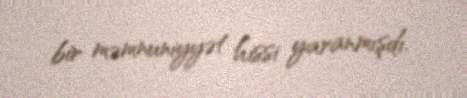
bir məmnuniyyət hissi yaranmışdı.